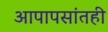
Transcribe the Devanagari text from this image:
आपापसांतही